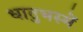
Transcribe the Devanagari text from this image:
धातुभस्में